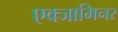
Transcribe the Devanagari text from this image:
एक्जामिनर